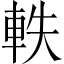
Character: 軼